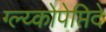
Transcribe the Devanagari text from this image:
ग्ल्य्कोपेप्तिदे